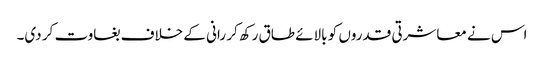
اس نے معاشرتی قدروں کو بالائے طاق رکھ کر رانی کے خلاف بغاوت کر دی۔